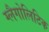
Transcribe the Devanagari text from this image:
ग्लैगोलिटिक